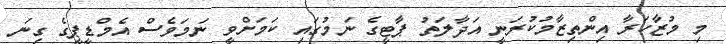
މި މުޒާހަރާ އިންތިޒާމުކުރަނީ އަދާލަތު ޕާޓީގެ ނަމުގައި ކަމަށްވީ ނަަމަވެސް އެމްޑީޕީގެ ގިނަ